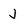
Character: J